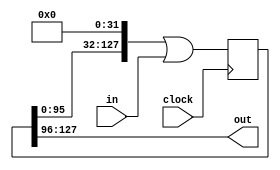
module FIFO
    #(parameter WIDTH = 32, PIPELEN = 4, INITIAL_BITVAL = 1'b0)
(
    input clock,

    input [WIDTH - 1:0] in,
    output [WIDTH - 1:0] out
);
    reg [(WIDTH * PIPELEN) - 1:0] values;
    initial values = { (WIDTH * PIPELEN){ INITIAL_BITVAL } };

    always @(posedge clock)
        values <= (values << WIDTH) | in;

    assign out = values[(WIDTH * PIPELEN) - 1:(WIDTH * PIPELEN) - WIDTH];
    
endmodule